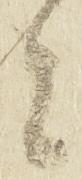
者